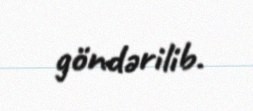
göndərilib.